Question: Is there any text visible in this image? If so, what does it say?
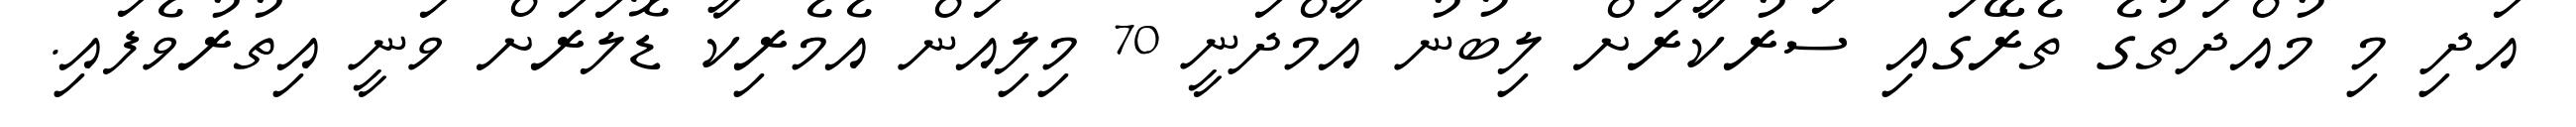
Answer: އަދި މި މުއްދަތުގެ ތެރޭގައި ސަރުކާރަށް ލިބުނު އާމްދަނީ 70 މިލިއަން އެމެރިކާ ޑޮލަރަށް ވަނީ އިތުރުވެފައި.